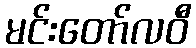
မင်းတော်လဝီ